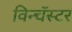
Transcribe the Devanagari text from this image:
विन्चॅस्टर